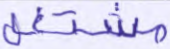
مشتغل